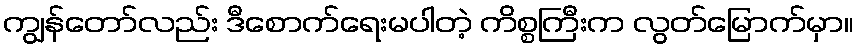
ကျွန်တော်လည်း ဒီစောက်ရေးမပါတဲ့ ကိစ္စကြီးက လွတ်မြောက်မှာ။